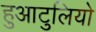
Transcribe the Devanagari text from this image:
हुआटुलियो